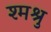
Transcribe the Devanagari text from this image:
श्मश्रु